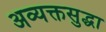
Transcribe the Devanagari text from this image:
अव्यक्तसुद्धा